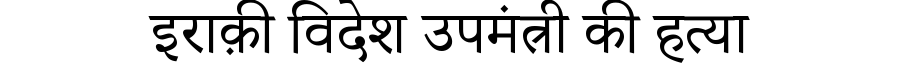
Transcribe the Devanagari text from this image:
इराक़ी विदेश उपमंत्री की हत्या